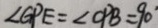
\angle G P E = \angle O P B = 9 0